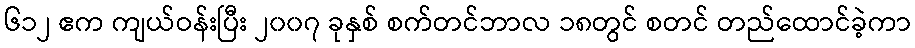
၆၁၂ ဧက ကျယ်ဝန်းပြီး ၂၀၀၇ ခုနှစ် စက်တင်ဘာလ ၁၈တွင် စတင် တည်ထောင်ခဲ့ကာ